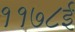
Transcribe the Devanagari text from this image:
११७८ई